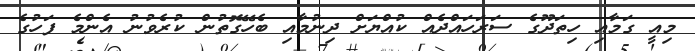
މިއީ ގަމާއި ހިތަދޫގެ ސަރަހައްދެއް ކުއްޔަށް ދިނުމާއި ބެހޭގޮތުން ކުރެވުނު އެންމެ ފަހުގެ